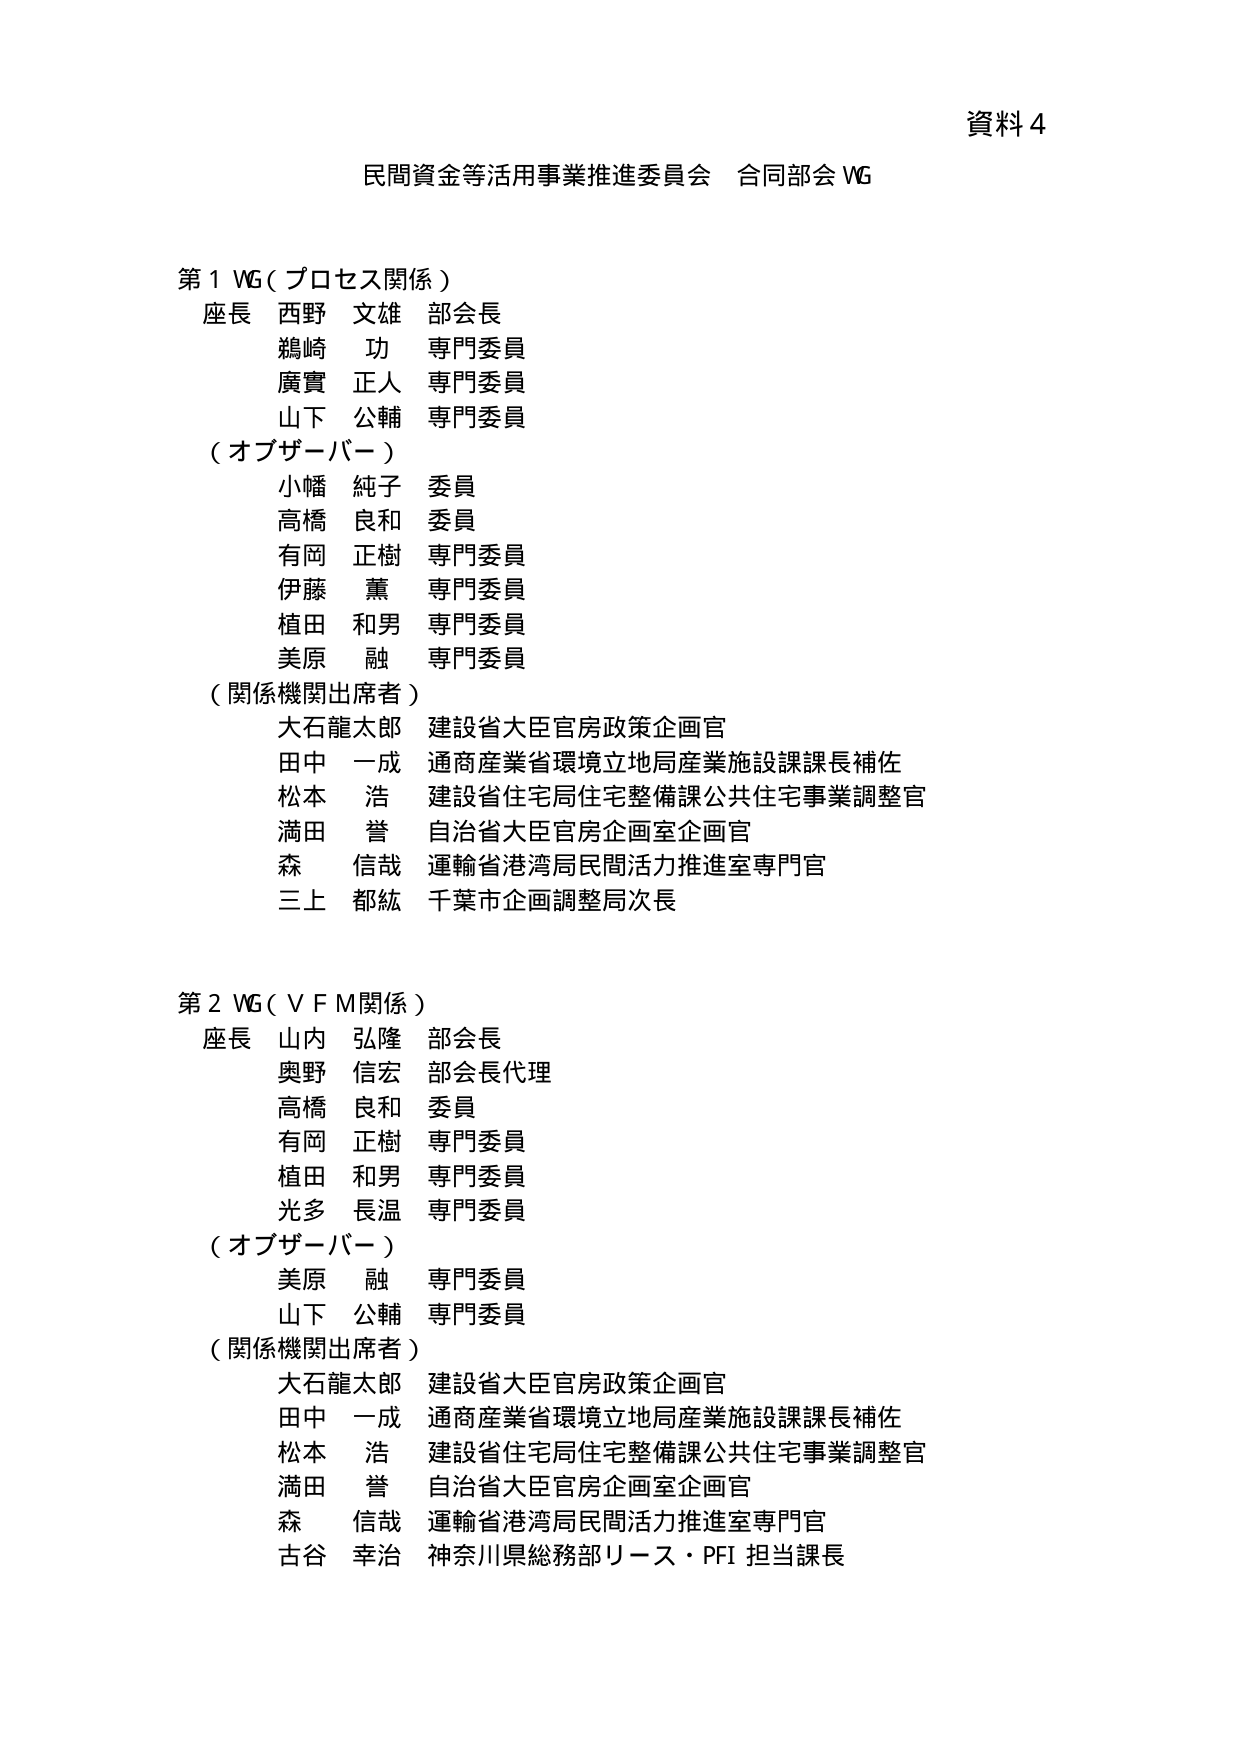
資料 4

民間資金等活用事業推進委員会 合同部会 WG

第1 WG（プロセス関係）
座長 西野 文雄 部会長
　　鵜崎 功 専門委員
　　廣實 正人 専門委員
　　山下 公輔 専門委員
（オブザーバー）
　　小幡 純子 委員
　　高橋 良和 委員
　　有岡 正樹 専門委員
　　伊藤 薫 専門委員
　　植田 和男 専門委員
　　美原 融 専門委員
（関係機関出席者）
　　大石龍太郎 建設省大臣官房政策企画官
　　田中 一成 通商産業省環境立地局産業施設課課長補佐
　　松本 浩 建設省住宅局住宅整備課公共住宅事業調整官
　　満田 誉 自治省大臣官房企画室企画官
　　森 信哉 運輸省港湾局民間活力推進室専門官
　　三上 都紘 千葉市企画調整局次長

第2 WG（V F M関係）
座長 山内 弘隆 部会長
　　奥野 信宏 部会長代理
　　高橋 良和 委員
　　有岡 正樹 専門委員
　　植田 和男 専門委員
　　光多 長温 専門委員
（オブザーバー）
　　美原 融 専門委員
　　山下 公輔 専門委員
（関係機関出席者）
　　大石龍太郎 建設省大臣官房政策企画官
　　田中 一成 通商産業省環境立地局産業施設課課長補佐
　　松本 浩 建設省住宅局住宅整備課公共住宅事業調整官
　　満田 誉 自治省大臣官房企画室企画官
　　森 信哉 運輸省港湾局民間活力推進室専門官
　　古谷 幸治 神奈川県総務部リース・PFI 担当課長